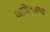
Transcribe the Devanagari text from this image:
अविश्लेष्य